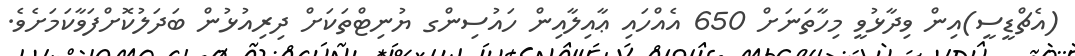
(އެޗްޑީސީ)އިން ވިދާޅުވީ މިހާތަނަށް 650 އެއްހައި ޢާއިލާއިން ހައުސިންގ ޔުނިޓްތަކަށް ދިރިއުޅުން ބަދަލުކޮށްފަވާކަމަށެވެ.